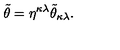
\tilde { \theta } = \eta ^ { \kappa \lambda } \tilde { \theta } _ { \kappa \lambda } .